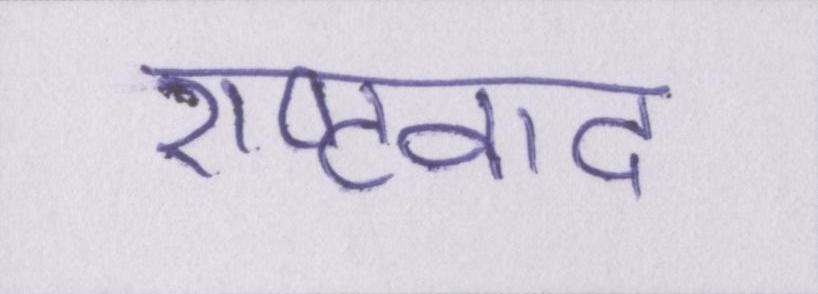
राष्ट्रवाद